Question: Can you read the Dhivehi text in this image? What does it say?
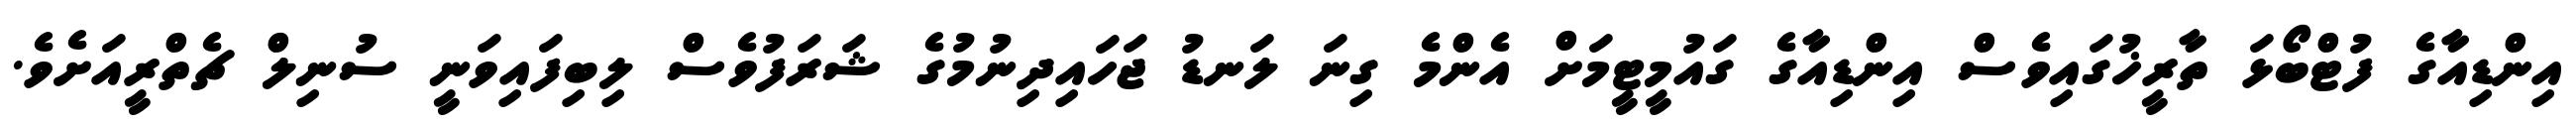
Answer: އިންޑިއާގެ ފުޓްބޯޅަ ތާރީޚުގައިވެސް އިންޑިއާގެ ގައުމީޓީމަށް އެންމެ ގިނަ ލަނޑު ޖަހައިދިނުމުގެ ޝަރަފުވެސް ލިބިފައިވަނީ ސުނިލް ޗެތްރީއަށެވެ.